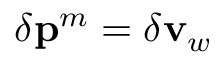
\delta \mathbf { p } ^ { m } = \delta \mathbf { v } _ { w }